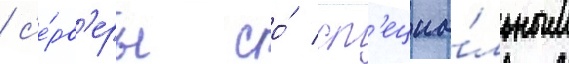
/ с'е́рв'еры со́ сп'ециа́льным